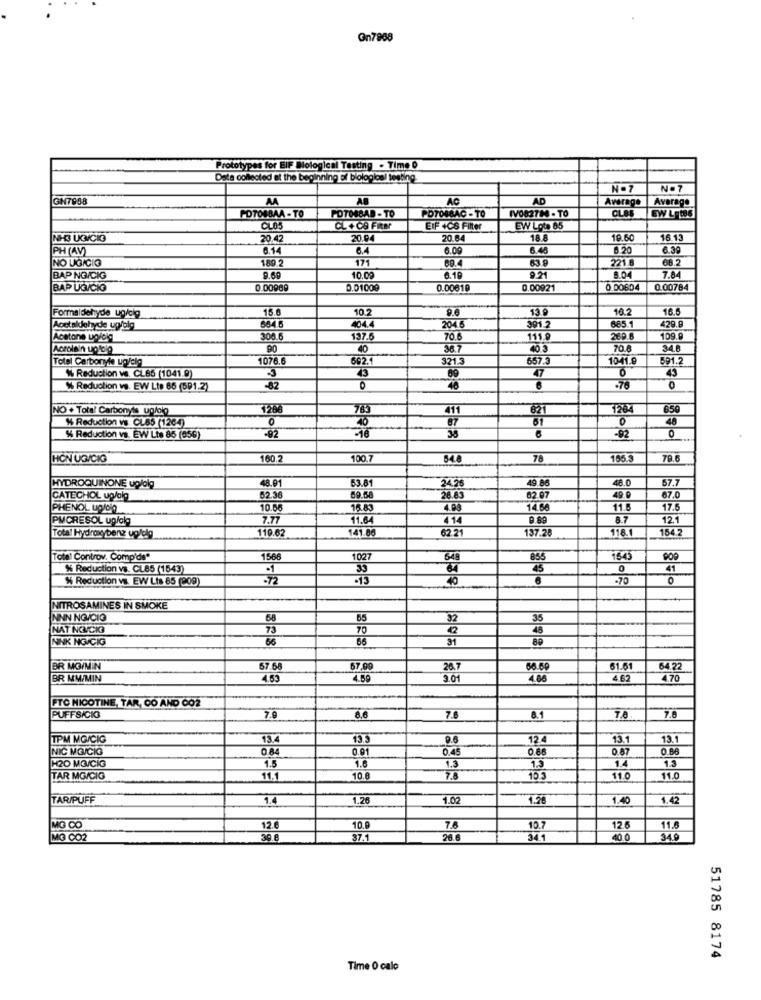
Gn7988
Prototypes for BIF Blological Testing - Time 0
Data collected at the beginning of biological testing
N.7
N.7
GN7958
AA
AB
AC
AD
Average
Average
CLB
FOTO4BAA - TO
FOTOSBAD - TO
PD7048AC -TO
IV082714 - TO
EW Lyt86
CL05
CL + 09 FIRE
EIF +CS Filter
EW Lots 85
NHE UCMCIO
20.47
20.04
20.64
18.8
19.60
16.13
PH(AV)
6.14
6.4
6.00
6.48
8.20
6.39
NO UGICIO
180
171
89.4
63.8
2216
68.2
BAP NG/CIG
10.00
6.19
9.21
8.04
7.84
BAP UGICIG
0.00989
0.01009
0.00619
0.00921
0 00604
0.00784
15.6
10.2
8.6
13 9
10.2
16.5
Formaldehyde ug/clg
Acetaldehyde upfolg
404.4
2046
391 2
885
429.9
Acetone ugfolg
300.
137.5
70.6
111.
269.8
109.9
Acrolein uptolo
40
36.7
40 3
70.8
34.8
Total Carbonyle ugfelg
1076.6
692.
321.3
667.
1041.9
591.2
43
%% Reduction we. CL85 (1041.9)
47
% Reduction ve. EW Lts 66 (591.2)
-62
0
-76
NO + Total Carbonyis ug/olo
126
76:
411
82
1264
650
% Reduction vs. CL85 (1264)
87
61
0
0
% Reduction vs. EW Lts 86 (056)
-02
38
-92
0
HON UCICIG
160.2
100.7
54.8
78
155.
79.6
48.01
63.6
67.7
HYDROQUINONE uplolg
2428
49.8
48.0
CATECHOL up/alg
82.3
89.5
26.63
02 @
49.9
67.0
PHENOL ugfolg
10.66
13.63
4.99
4.66
11.6
17.6
PMCRESOL ug/alg
7.77
11.64
414
8.7
12.1
119.62
141.8
137.26
118.1
154
Total Hydroxybenz up/alg
62 21
Toto' Controv. Comp'da"
1566
1027
1543
% Reduction vs. CL85 (1543)
33
41
% Reduction vs. EW Lts 85 (909)
-70
NITROSAMINES IN SMOKE
NNN NG/CIG
68
82
35
NAT NOVCKI
73
70
NINK NG/CIG
66
66
89
BR MOININ
67.68
67,9
26.7
60.6
61.61
64 22
BR MM/MIN
4.53
4.50
3.01
4.88
4.62
4 70
FTC NICOTINE, TAR, CO AND 002
PUFFSICIO
7.0
8.6
7.6
8.1
7.8
TPM MG/CIG
13.
733
12.4
13.1
13.1
NIC MG/CIG
0.84
0.91
0.45
0.88
0.87
0.86
H20 MG/CIG
1.
1.5
1.6
1.3
1.5
1.
TAR MG/CIG
11.1
10.8
7.0
103
11.0
11.0
TAR/PUFF
1.4
1,26
1.02
1.26
1.40
1.42
MO CO
12.6
10.9
7.6
10.7
12.6
11.6
MG CO2
37.1
26 6
34.1
40 0
34.0
51785 8174
Time O calo